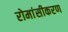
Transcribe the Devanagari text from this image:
रोमांसीकरण